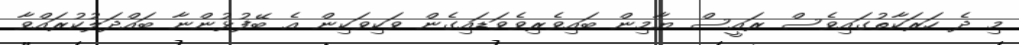
މި ދެ ހަރަކާތުގައިވެސް ރައީސް ޔާމިން ބައިވެރިވެވަޑައިގެން ވަކިވަކިން އެ ބޭފުޅުންނާ ބައްދަލުކުރައްވާ